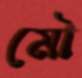
মৌ